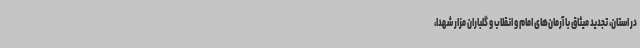
در استان، تجدید میثاق با آرمان‌های امام و انقلاب و گلباران مزار شهدا،